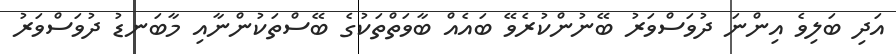
އަދި ބަލިވެ އިންނަ ދުވަސްވަރު ބޭނުންކުރެވޭ ބައެއް ބާވަތްތަކުގެ ބޭސްތަކުންނާއި މާބަނޑު ދުވަސްވަރު